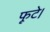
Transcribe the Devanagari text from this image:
फूटे।